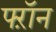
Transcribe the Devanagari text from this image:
फ्ऱॉन